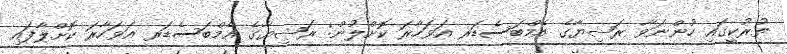
ތުރުކީގައި ހުންނަވާ ރަޝިޔާގެ އެމްބަސެޑަރ އަވަހާރަ ކޮށްލުން: ރަޝިޔާގެ އެމްބަސެޑަރ އަވަހާރަ ކޮށްލާފައި